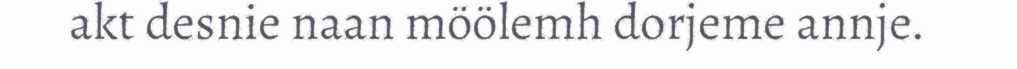
akt desnie naan möölemh dorjeme annje.